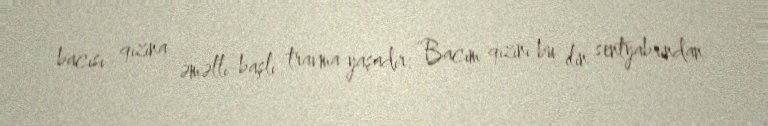
bacısı qızına əməlli-başlı travma yaşadır: “Bacım qızını bu ilin sentyabrından